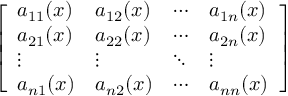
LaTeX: \left[ \begin{array} { l l l l } { a _ { 1 1 } ( x ) } & { a _ { 1 2 } ( x ) } & { \cdots } & { a _ { 1 n } ( x ) } \\ { a _ { 2 1 } ( x ) } & { a _ { 2 2 } ( x ) } & { \cdots } & { a _ { 2 n } ( x ) } \\ { \vdots } & { \vdots } & { \ddots } & { \vdots } \\ { a _ { n 1 } ( x ) } & { a _ { n 2 } ( x ) } & { \cdots } & { a _ { n n } ( x ) } \end{array} \right]